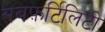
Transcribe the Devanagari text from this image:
सबफ़र्टिलिटी